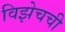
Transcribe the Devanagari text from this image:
विझेचची